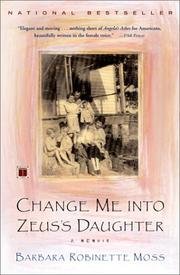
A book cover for Change Me Into Zeus's Daughter - Memoir; Barbara Robinette Moss; Health, Fitness & Dieting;